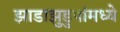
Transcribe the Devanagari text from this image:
झाडाझुडुपांमध्ये